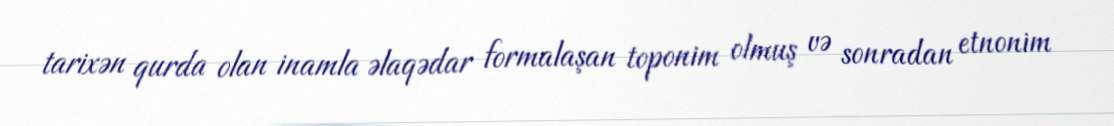
tarixən qurda olan inamla əlaqədar formalaşan toponim olmuş və sonradan etnonim